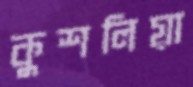
কুশলিয়া